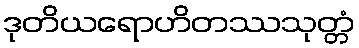
ဒုတိယရောဟိတဿသုတ္တံ